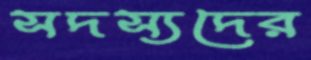
সদস্যদের